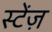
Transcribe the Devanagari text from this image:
स्टेंज़